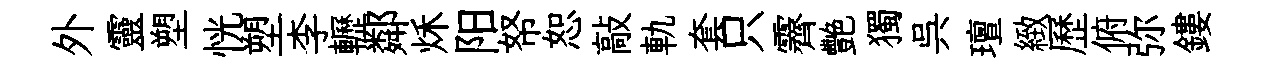
外靈塑恍塑李轣鄰秌阳帑恕敲軌套只霽艷獨呉璮緻歷俯弥鏤